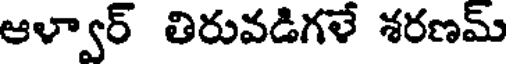
ఆళ్వార్ తిరువడిగళే శరణమ్